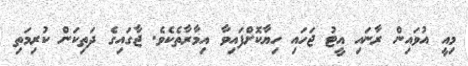
މިއީ އުވައިން ރާނައި އީޓު ޖަހައި ހިޔާކޮށްފައިވާ އިމާރާތެކެވެ. ޖާގައިގެ ދަތިކަން ކުރިމަތި